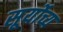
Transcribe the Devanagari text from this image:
सूर्योच्य